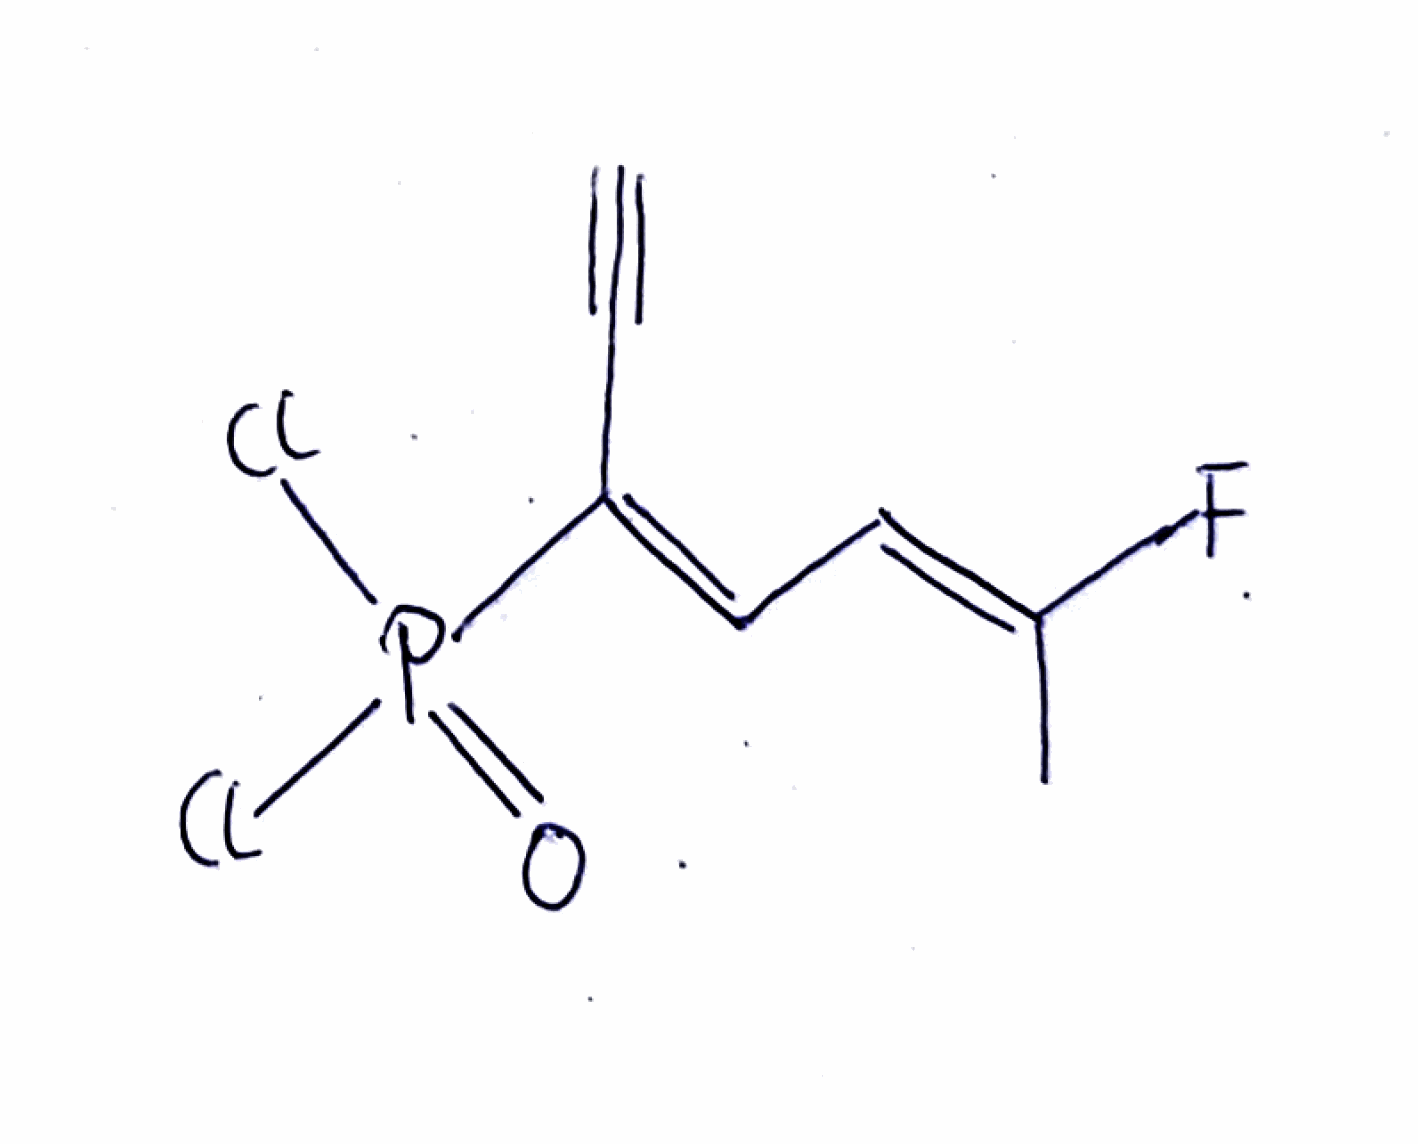
Simplified molecular-input line-entry system (SMILES) notation of the given molecule:
C/C(=C\C=C(/C#C)\P(=O)(Cl)Cl)/F